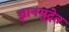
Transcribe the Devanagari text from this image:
ज्ञानमुद्रेत